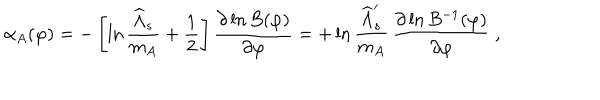
LaTeX: \alpha _ { A } ( \varphi ) = - \left[ \ln { \frac { \widehat \Lambda _ { s } } { m _ { A } } } + { \frac { 1 } { 2 } } \right] { \frac { \partial \ln B ( \varphi ) } { \partial \varphi } } = + \ln { \frac { \widehat \Lambda _ { s } ^ { \prime } } { m _ { A } } } \, { \frac { \partial \ln B ^ { - 1 } ( \varphi ) } { \partial \varphi } } \ ,